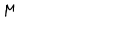
LaTeX: \mu